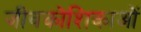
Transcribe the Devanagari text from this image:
जीवकोशिकाओं